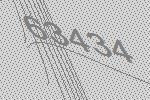
63434